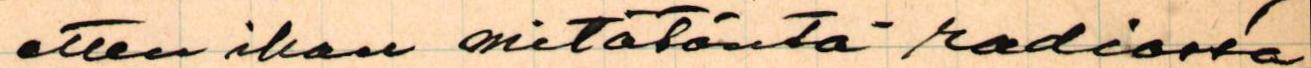
etten ihan mitätöntä radiossa